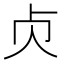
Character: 𠧖